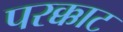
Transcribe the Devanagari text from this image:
परक्काट